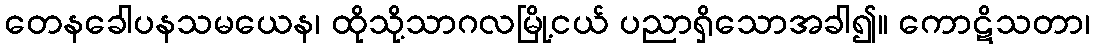
တေနခေါပနသမယေန၊ ထိုသို့သာဂလမြို့ငယ် ပညာရှိသောအခါ၍။ ကောဋိသတာ၊